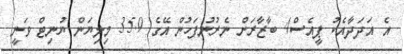
އެ އަދަދާއެކު ޕީއެސް4 ބާޒާރަށް ނެރުނުފަހުން އޭގެ 35.9 މިލިޔަން ޔުނިޓް ވަނީ